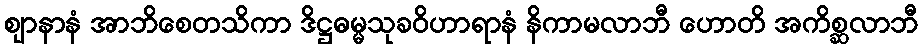
ဈာနာနံ အာဘိစေတသိကာ ဒိဋ္ဌဓမ္မသုခဝိဟာရာနံ နိကာမလာဘီ ဟောတိ အကိစ္ဆလာဘီ